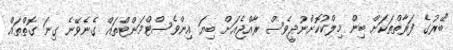
"ބޭރުގެ ފަރާތްތަކަށް ބިން މިލްކުކޮށްނުދީވެސް ރާއްޖެއަށް ބިޔަ އިންވެސްޓްމަންޓްތައް ގެނެވޭނެ ގިނަ ގޮތްތައް